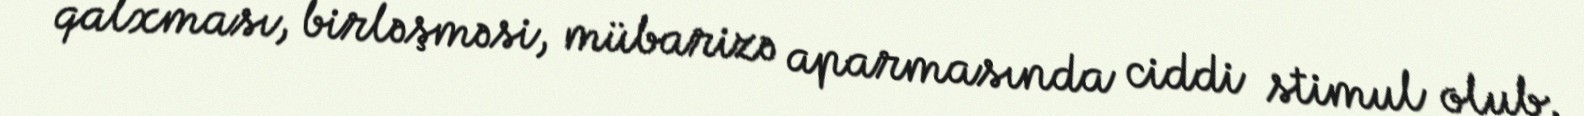
qalxması, birləşməsi, mübarizə aparmasında ciddi stimul olub.